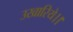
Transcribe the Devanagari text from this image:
उखारिये।।